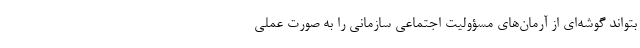
بتواند گوشه‌ای از آرمان‌های مسؤولیت اجتماعی سازمانی را به صورت عملی